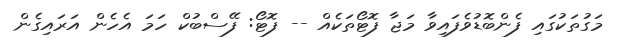
މަގުތަކުގައި ފެންބޮޑުވެފައިވާ މަޖާ ފޮޓޯތަކެއް -- ފޮޓޯ: ފޭސްބުކް ހަމަ އެހެން އަރައިގެން